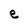
Character: e